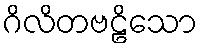
ဂိလိတဗဠိသော